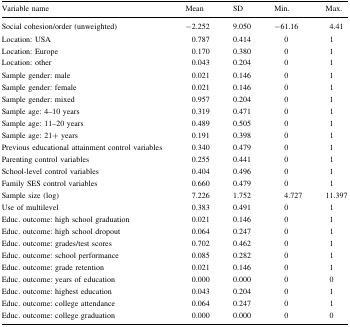
| Variable name | Mean | SD | Min. | Max. |
 | --- | --- | --- | --- | --- |
 | Social cohesion/order (unweighted) | −2.252 | 9.050 | −61.16 | 4.41 |
 | Location: USA | 0.787 | 0.414 | 0 | 1 |
 | Location: Europe | 0.170 | 0.380 | 0 | 1 |
 | Location: other | 0.043 | 0.204 | 0 | 1 |
 | Sample gender: male | 0.021 | 0.146 | 0 | 1 |
 | Sample gender: female | 0.021 | 0.146 | 0 | 1 |
 | Sample gender: mixed | 0.957 | 0.204 | 0 | 1 |
 | Sample age: 4–10 years | 0.319 | 0.471 | 0 | 1 |
 | Sample age: 11–20 years | 0.489 | 0.505 | 0 | 1 |
 | Sample age: 21+ years | 0.191 | 0.398 | 0 | 1 |
 | Previous educational attainment control variables | 0.340 | 0.479 | 0 | 1 |
 | Parenting control variables | 0.255 | 0.441 | 0 | 1 |
 | School-level control variables | 0.404 | 0.496 | 0 | 1 |
 | Family SES control variables | 0.660 | 0.479 | 0 | 1 |
 | Sample size (log) | 7.226 | 1.752 | 4.727 | 11.397 |
 | Use of multilevel | 0.383 | 0.491 | 0 | 1 |
 | Educ. outcome: high school graduation | 0.021 | 0.146 | 0 | 1 |
 | Educ. outcome: high school dropout | 0.064 | 0.247 | 0 | 1 |
 | Educ. outcome: grades/test scores | 0.702 | 0.462 | 0 | 1 |
 | Educ. outcome: school performance | 0.085 | 0.282 | 0 | 1 |
 | Educ. outcome: grade retention | 0.021 | 0.146 | 0 | 1 |
 | Educ. outcome: years of education | 0.000 | 0.000 | 0 | 0 |
 | Educ. outcome: highest education | 0.043 | 0.204 | 0 | 1 |
 | Educ. outcome: college attendance | 0.064 | 0.247 | 0 | 1 |
 | Educ. outcome: college graduation | 0.000 | 0.000 | 0 | 0 |